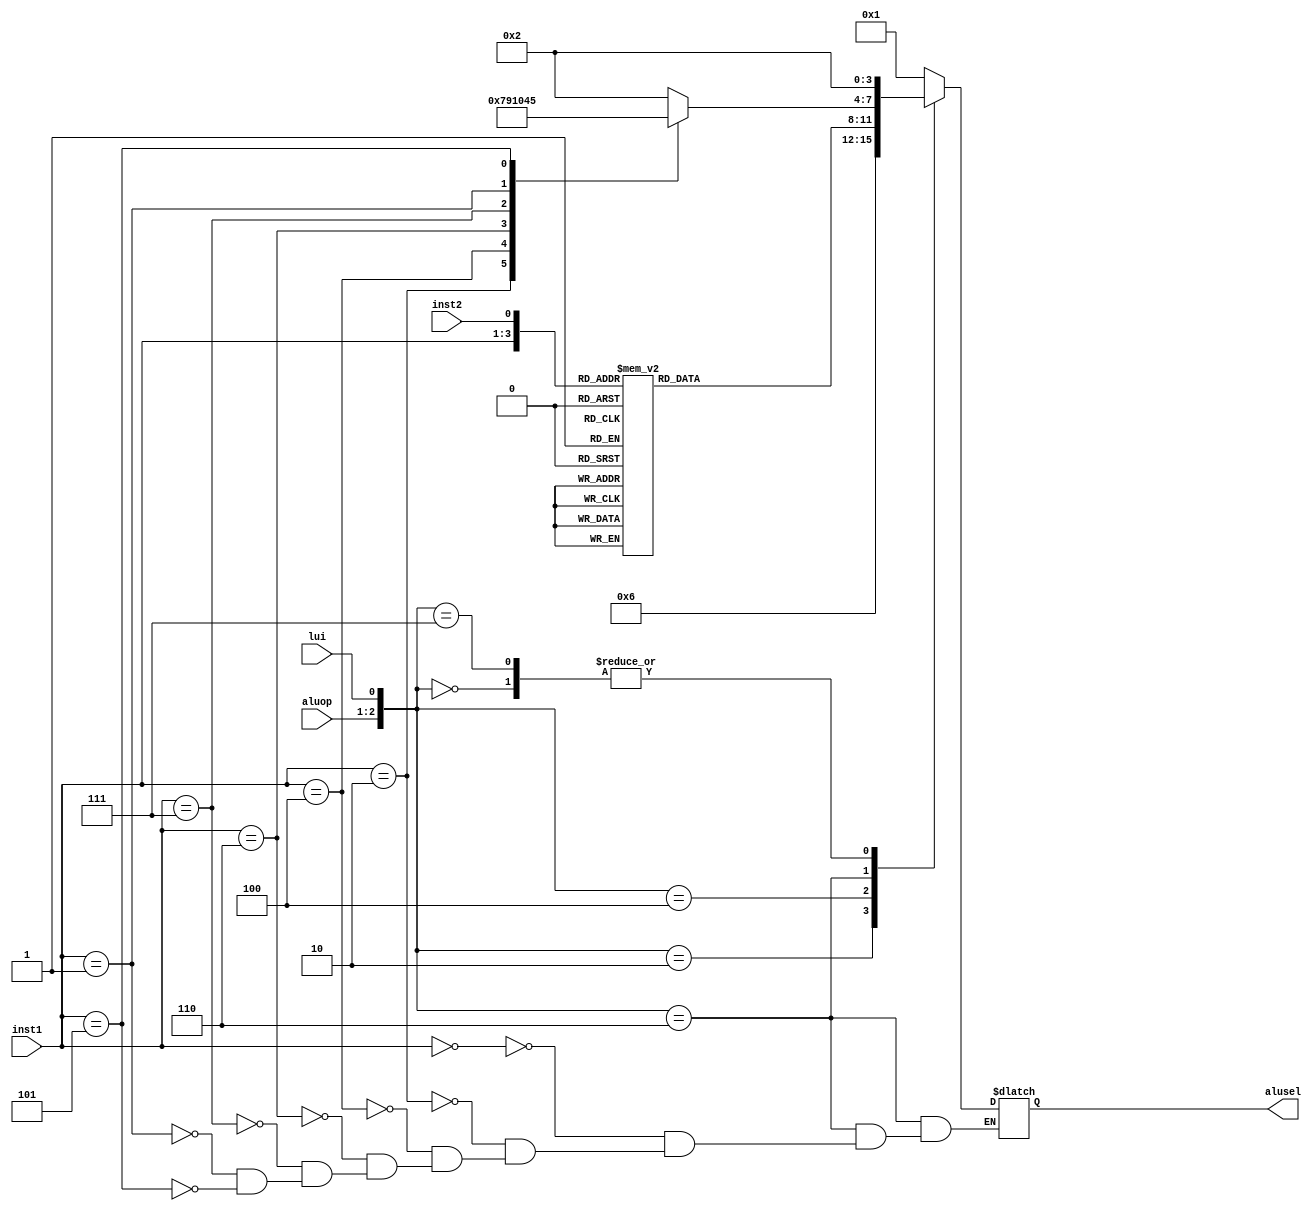

module alu_ctrl(
  input [1:0] aluop, input [2:0] inst1,input inst2, lui,
output reg [3:0] alusel
    );
  
  
  always @(*) begin
       
    case({aluop,lui})
         3'b000: begin
           alusel = 4'b0010;
         end
         3'b010: begin
           alusel = 4'b0110;
         end
         3'b100: begin
           case({inst1,inst2})
             4'b0000: begin
               alusel = 4'b0010;
             end
             4'b0001: begin
               alusel = 4'b0110;
             end
             4'b1110: begin /*and*/
               alusel = 4'b0000;
             end
             4'b1100: begin /*or*/
               alusel = 4'b0001;
             end
             4'b0010: begin
               alusel = 4'b0011;
             end
              4'b0100: begin
               alusel = 4'b0111;
             end
             4'b0110: begin
               alusel = 4'b1111;
             end
             4'b1010: begin
               alusel = 4'b1000;
             end
             4'b1011: begin
               alusel = 4'b1100;
             end
             4'b1000: begin /*xor*/
               alusel = 4'b1001; 
             end
             default: begin
               alusel = 4'b0010;
             end
           endcase
         end
         
         3'b110: begin
           case (inst1)
             3'b000: begin
             	alusel = 4'b0010;/*addi*/
             end
             3'b010: begin
               alusel = 4'b0111; /* slti*/
             end
             3'b100: begin /*xori*/
               alusel = 4'b1001; 
             end
             3'b110: begin /*ori*/
               alusel = 4'b0001;
             end
             3'b111: begin /*andi*/
               alusel = 4'b0000;
             end
             3'b001: begin /*shift left i */
               alusel = 4'b0100;
             end
             3'b101: begin /*shift left i instructions*/
               alusel = 4'b0101;
             end
             
           endcase
           
         end
      
      	3'b111: begin //for auipc
          alusel = 4'b0010;
        end
         
         default: begin
           alusel = 4'b0001;
         end
       endcase

    end
endmodule